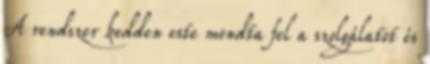
A rendszer kedden este mondta fel a szolgálatot és